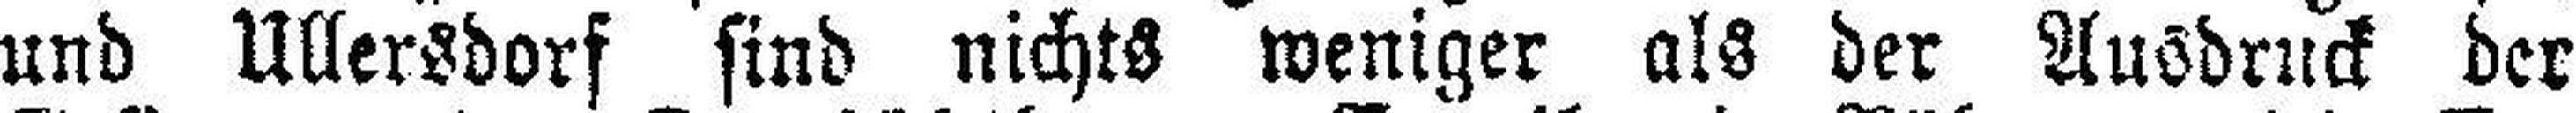
und Ullersdorf sind nichts weniger als der Ausdruck der